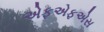
એફએફએસ